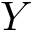
Y